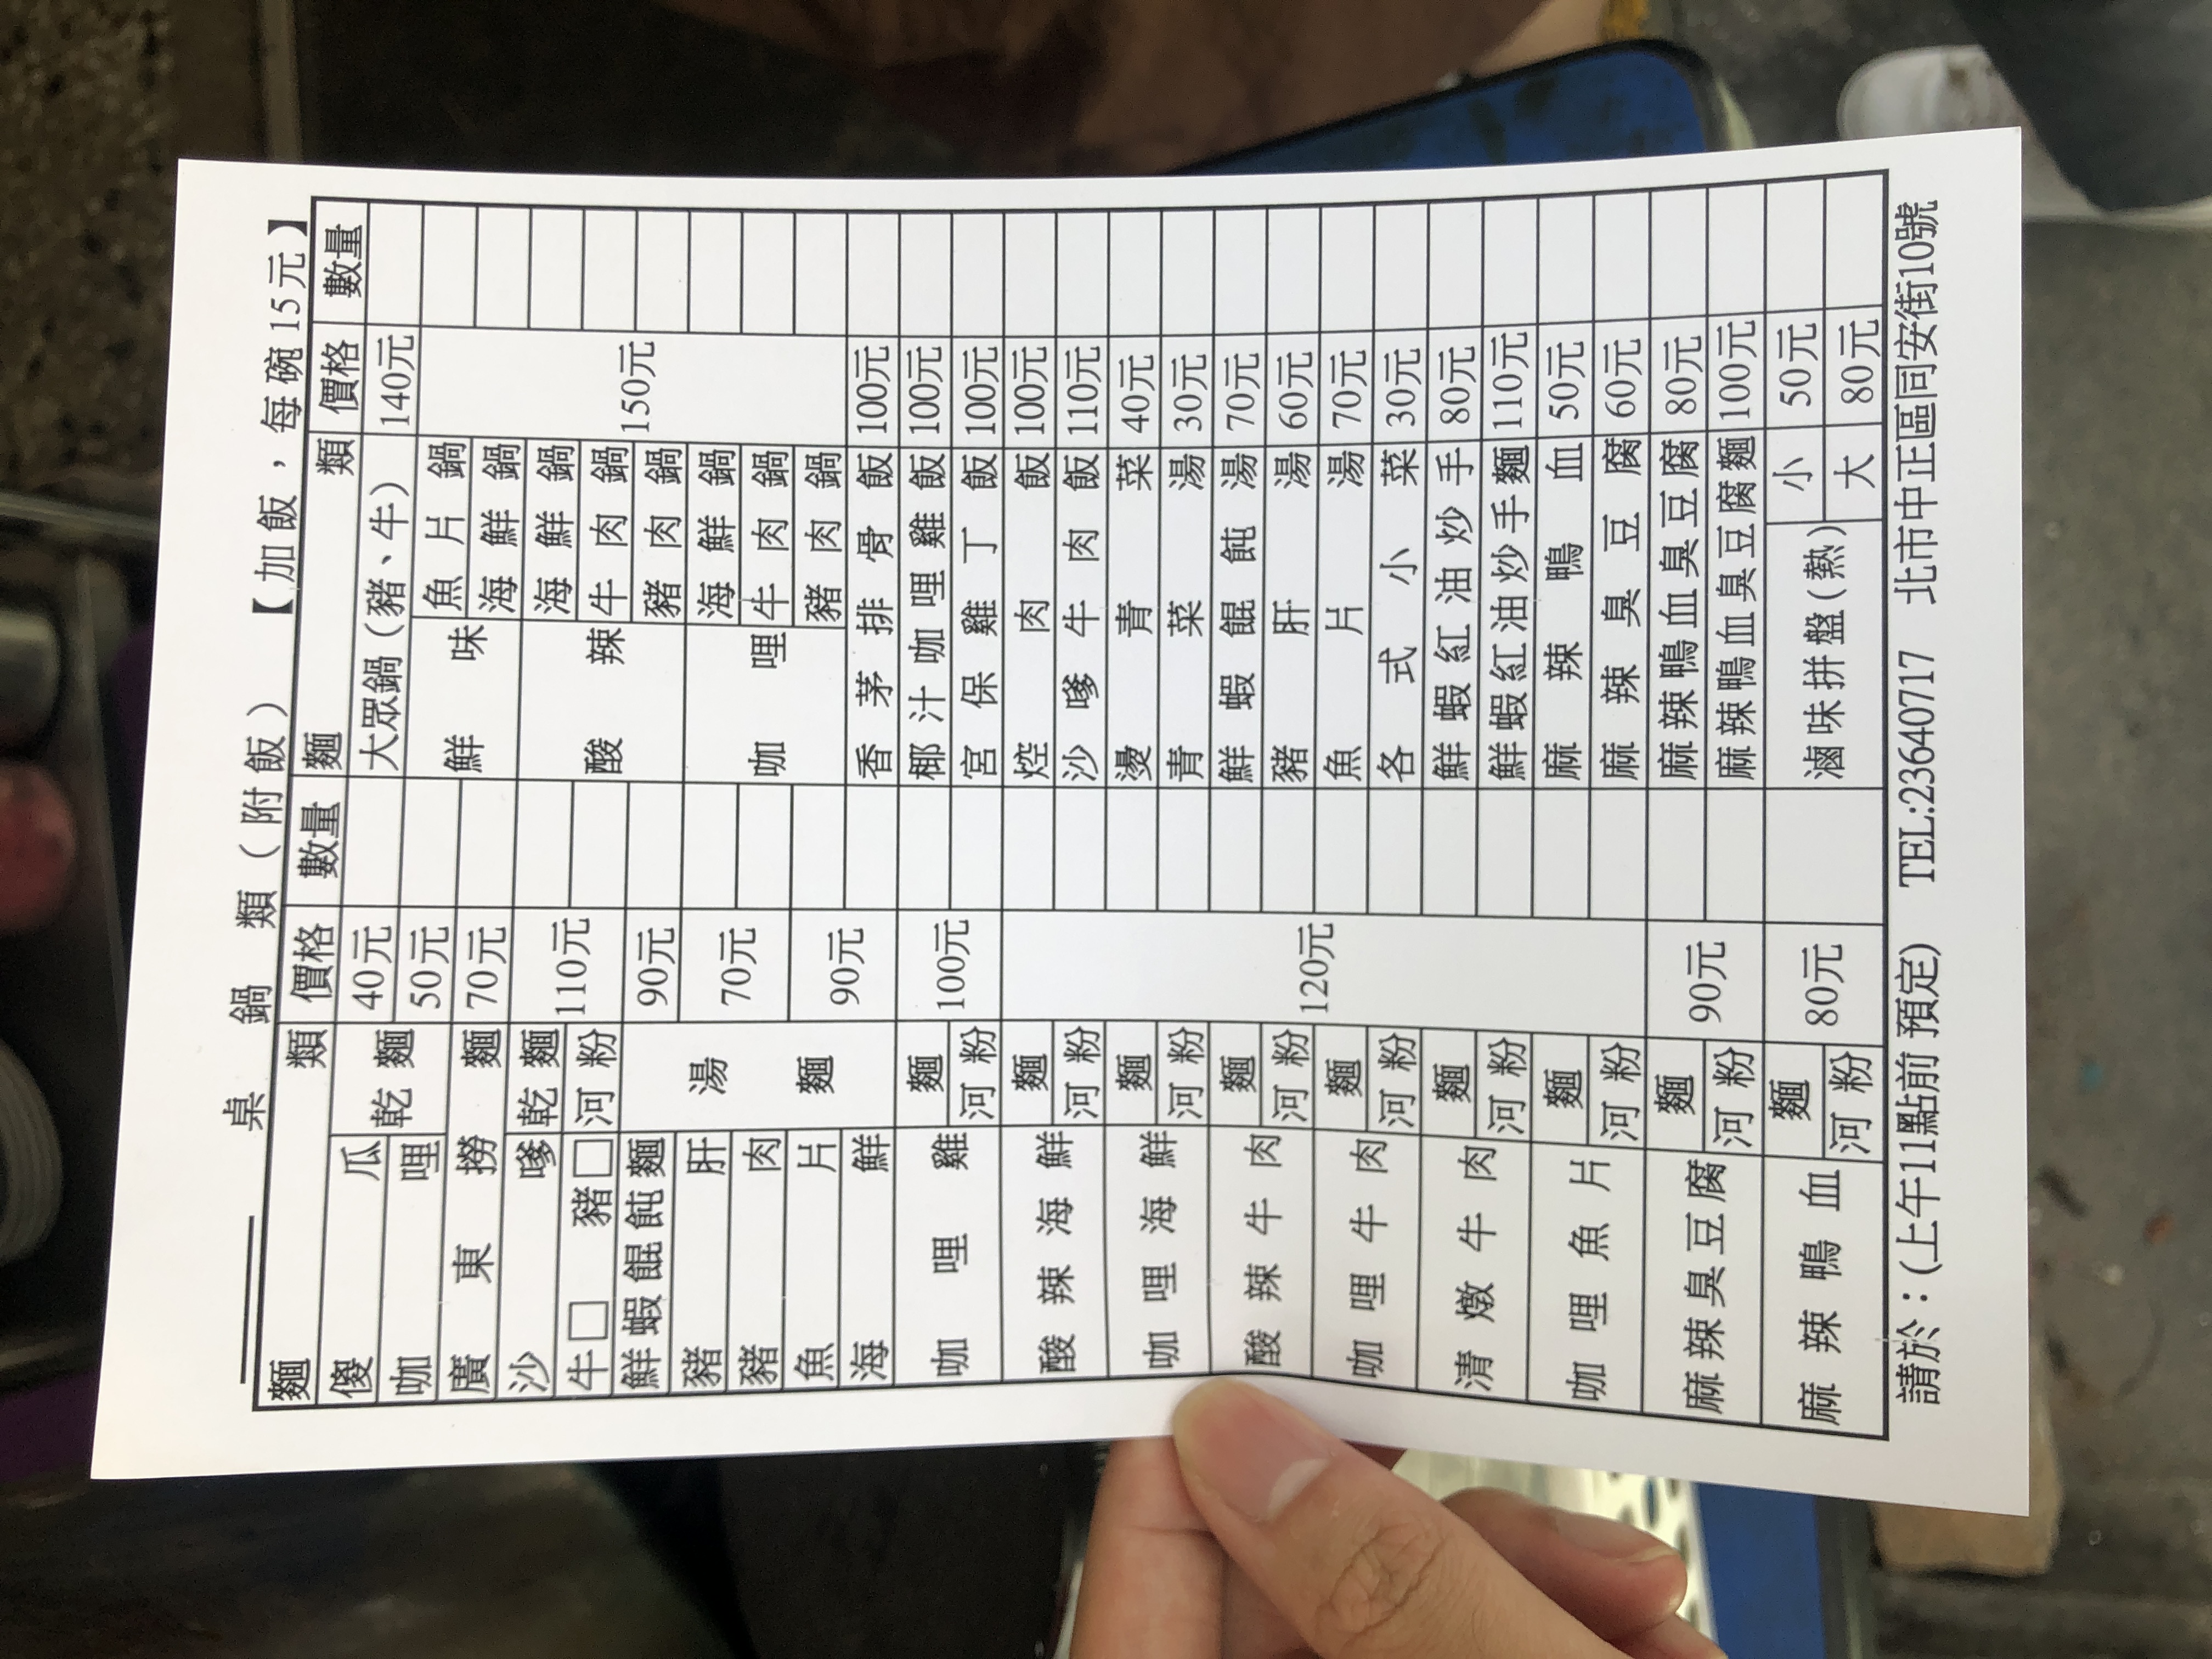
地址：台北市中正區同安街10號
電話：23640717
菜單：
name: 大眾鍋 (豬、牛)
price: 140
name: 瓜麵
price: 40
name: 啞麵
price: 50
name: 東麵
price: 70
name: 酸辣鮮麵
price: 110
name: 鮮蝦餛飩麵
price: 90
name: 豬肝麵
price: 70
name: 鮮肉麵
price: 90
name: 咖喱麵
price: 100
name: 香茅排骨飯
price: 100
name: 椰汁咖喱雞飯
price: 100
name: 宮保雞丁飯
price: 100
name: 沙嗲牛肉飯
price: 110
name: 青菜湯
price: 40
name: 鮮蝦餛飩湯
price: 30
name: 豬肝湯
price: 70
name: 魚片湯
price: 60
name: 海鮮湯
price: 70
name: 各式小菜
price: 30
name: 鮮蝦紅油炒手
price: 80
name: 鮮蝦紅油炒麵
price: 110
name: 麻辣臭豆腐
price: 50
name: 麻辣鴨血臭豆腐
price: 60
name: 麻辣鴨血 (熱)
price: 80
name: 滷味拼盤 (熱)
price: 80